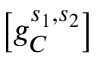
\left[ g _ { C } ^ { s _ { 1 } , s _ { 2 } } \right] ^ { }